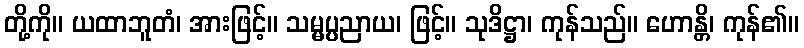
တို့ကို။ ယထာဘူတံ၊ အားဖြင့်။ သမ္မပ္ပညာယ၊ ဖြင့်။ သုဒိဋ္ဌာ၊ ကုန်သည်။ ဟောန္တိ၊ ကုန်၏။